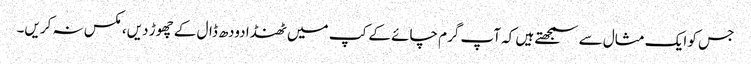
جس کو ایک مثال سے سمجھتے ہیں کہ آپ گرم چائے کے کپ میں ٹھنڈا دودھ ڈال کے چھوڑ دیں، مکس نہ کریں۔